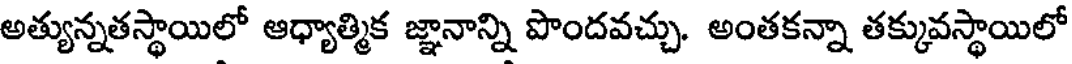
అత్యున్నతస్థాయిలో ఆధ్యాత్మిక జ్ఞానాన్ని పొందవచ్చు. అంతకన్నా తక్కువస్థాయిలో